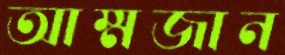
আম্মজান